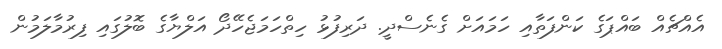
އެއްޗެއް ބައްޕަގެ ކަންފަތާއި ހަމައަށް ގެނެސްދީ. ދަރިފުޅު ހިތްހަމަޖެހޭދޯ އަލްޔާގެ ބޮލުގައި ފިރުމާލަމުން